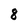
Character: 8